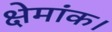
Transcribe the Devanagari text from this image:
क्षेमांक।